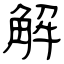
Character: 解